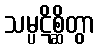
သမ္ပဋိစ္ဆိတွာ